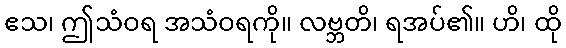
ဧသ၊ ဤသံဝရ အသံဝရကို။ လဗ္ဘတိ၊ ရအပ်၏။ ဟိ၊ ထို